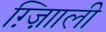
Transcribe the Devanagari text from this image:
ग़्ज़ाािली